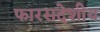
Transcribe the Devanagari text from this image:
फारसदेशीय